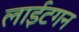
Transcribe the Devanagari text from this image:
लाईटगन